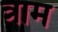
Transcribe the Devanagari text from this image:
त्राम